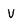
Character: v